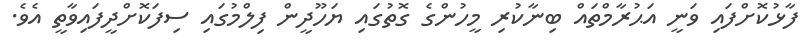
ފާޅުކޮށްފައި ވަނީ އަޙުރާމްތައް ބިނާކުރި މީހުންގެ ގޮތުގައި ޔަހޫދީން ފިލްމުގައި ސިފަކޮށްދީފައިވާތީ އެވެ.